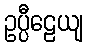
ဥပ္ပီဠေယျ